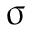
\upsigma